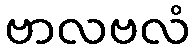
ဗာလဗလံ